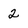
Character: 2